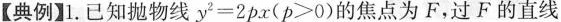
【典例】1.已知抛物线$$y ^ { 2 } = 2 p x$$($$p > 0$$)的焦点为F，过F的直线